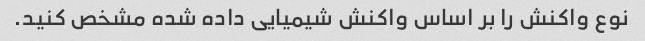
نوع واکنش را بر اساس واکنش شیمیایی داده شده مشخص کنید.